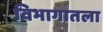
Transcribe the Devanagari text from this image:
विभागातला